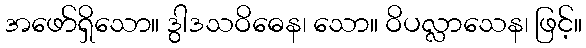
အဖော်ရှိသော။ ဒွါဒသဝိဓေန၊ သော။ ဝိပလ္လာသေန၊ ဖြင့်။